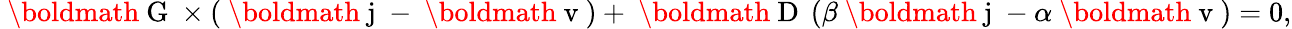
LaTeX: \begin{array}{r}{\mathrm{~\boldmath~G~}\times\left(\mathrm{~\boldmath~j~}-\mathrm{~\boldmath~v~}\right)+\mathrm{~\boldmath~D~}\left(\beta\mathrm{~\boldmath~j~}-\alpha\mathrm{~\boldmath~v~}\right)=0,}\end{array}